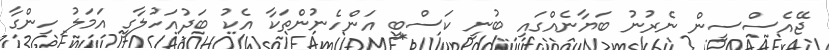
ޖޭއެސްސީން ނެރުނު ބަޔާނެއްގައި ބުނީ ކަސްބީ އަންހެނުންތަކާ އެކު ބަދުއަހުލާގީ އަމަލު ހިންގާ